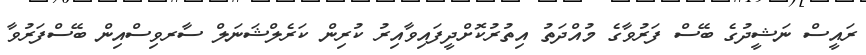
ރައީސް ނަޝީދުގެ ބޭސް ފަރުވާގެ މުއްދަތު އިތުުރުކޮށްދީފައިވާއިރު ކުރިން ކަރެލްޝަނަލް ސާރވިސްއިން ބޭސްފަރުވާ